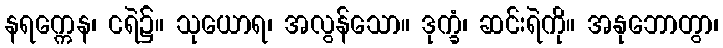
နရက္ကေန၊ ငရဲ၌။ သုယောရ၊ အလွန်သော။ ဒုက္ခံ၊ ဆင်းရဲကို။ အနုဘောတွာ၊